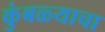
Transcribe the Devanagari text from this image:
कुंबळ्याचा